Indian journal of veterinary science and animal husbandry - Volume 13,
Year: 1943
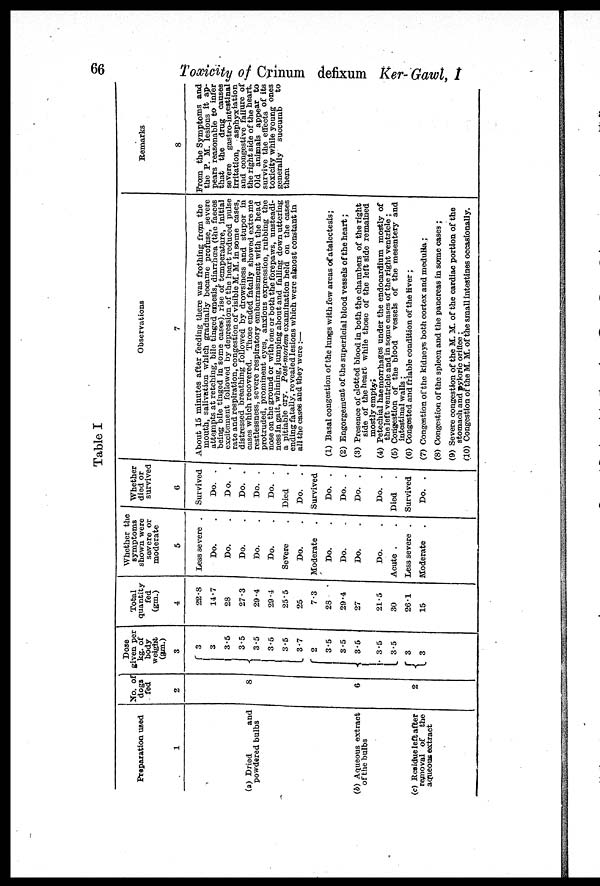
66
Toxicity of Crinum defixum Ker-Gawl, I
Table I
Preparation used
1
(a) Dried
and
powdered bulbs
(b) Aqueous extract
of the bulbs
(c) Residue left after
removal of
the
aqueous extract
No. of
dogs
fed
2
8
6
2
Dose
given per
kg. of
body
weight
(gm.)
3
3
3
3.5
3.5
3.5
3.5
3.5
3.7
2
3.5
3.5
3.5
3.5 3.5
3
3
Total
quantity
fed
(gm.)
4
22.8
14.7
28
27.3
29.4
29.4
25.5
25
7.3
28
29.4
27
21.5
30
26.1
15
Whether the
symptoms
shown were
severe or
moderate
5
Less severe .
Do.
Do.
Do.
Do.
Do.
Severe .
Do. .
Moderate
Do.
Do.
Do.
Do.
Acute .
Less severe .
Moderate .
Whether
died or
survived
6
Survived
Do. .
Do.
.
Do. .
Do. .
Do. .
Died .
Do.
.
Survived
Do. .
Do. .
Do. .
Do. .
Died .
Survived
Do. .
Observations
7
About 15 minutes after feeding there was frothing from the
mouth, salivation which gradually became profuse, severe
attempts at retching, bile tinged emesis, diarrhœa (the faeces
being bile tinged in some cases), rise of temperature, initial
excitement followed by depression of the heart reduced pulse
rate and respiration, congestion of visible M. M. in some cases,
distressed breathing followed by drowsiness and stupor in
cases which recovered. Those ended fatally showed extreme
restlessness, severe respiratory embarrassment with the head
protruded, prominent eyes, anxious expression, rubbing the
nose on the ground or with one or both the forepaws, unsteadi¬
ness in gait, whining, jumping about and falling down uttering
a pitiable cry. Post-mortem examination held on the cases
ending fatally, revealed lesions which were almost constant in
all the cases and they were :—
(1) Basal congestion of the lungs with few areas of atalectesis;
(2) Engorgement of the superficial blood vessels of the heart;
(3) Presence of clotted blood in both the chambers of the right
side of the heart while those of the left side remained
mostly empty.
(4) Petechial haemorrhages under the endocardium mostly of
the left ventricle and in some cases of the right ventricle ;
(5) Congestion of the blood vessels of the mesentery and
intestinal walls ;
(6) Congested and friable condition of the liver;
(7) Congestion of the kidneys both cortex and medulla;
(8) Congestion of the spleen and the pancreas in some case3 ;
(9) Severe congestion of the M. M. of the cardiac portion of the
stomach and pyloric orifice ;
(10) Congestion of the M. M. of the small intestines occasionally.
Remarks
8
From the Symptoms and
the P. M. lesions it ap-
pears reasonable to infer
that the drug causes
severe
gastro-intestinal
irritation,
asphyxiation
and congestive failure of
the right side of the heart.
Old animals appear to
survive the effects of its
toxicity while young ones
generally succumb
to
them